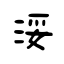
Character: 浽